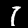
Digit: 1